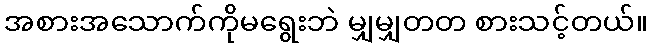
အစားအသောက်ကိုမရွေးဘဲ မျှမျှတတ စားသင့်တယ်။